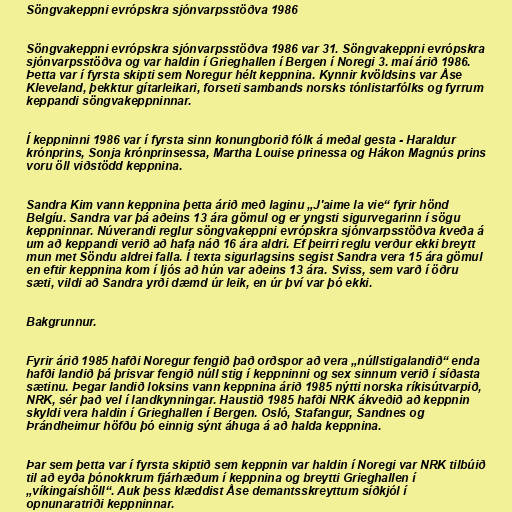
Söngvakeppni evrópskra sjónvarpsstöðva 1986

Söngvakeppni evrópskra sjónvarpsstöðva 1986 var 31. Söngvakeppni evrópskra
sjónvarpsstöðva og var haldin í Grieghallen í Bergen í Noregi 3. maí árið 1986.
Þetta var í fyrsta skipti sem Noregur hélt keppnina. Kynnir kvöldsins var Åse
Kleveland, þekktur gítarleikari, forseti sambands norsks tónlistarfólks og fyrrum
keppandi söngvakeppninnar.

Í keppninni 1986 var í fyrsta sinn konungborið fólk á meðal gesta - Haraldur
krónprins, Sonja krónprinsessa, Martha Louise prinessa og Hákon Magnús prins
voru öll viðstödd keppnina.

Sandra Kim vann keppnina þetta árið með laginu „J'aime la vie“ fyrir hönd
Belgíu. Sandra var þá aðeins 13 ára gömul og er yngsti sigurvegarinn í sögu
keppninnar. Núverandi reglur söngvakeppni evrópskra sjónvarpsstöðva kveða á
um að keppandi verið að hafa náð 16 ára aldri. Ef þeirri reglu verður ekki breytt
mun met Söndu aldrei falla. Í texta sigurlagsins segist Sandra vera 15 ára gömul
en eftir keppnina kom í ljós að hún var aðeins 13 ára. Sviss, sem varð í öðru
sæti, vildi að Sandra yrði dæmd úr leik, en úr því var þó ekki.

Bakgrunnur.

Fyrir árið 1985 hafði Noregur fengið það orðspor að vera „núllstigalandið“ enda
hafði landið þá þrisvar fengið núll stig í keppninni og sex sinnum verið í síðasta
sætinu. Þegar landið loksins vann keppnina árið 1985 nýtti norska ríkisútvarpið,
NRK, sér það vel í landkynningar. Haustið 1985 hafði NRK ákveðið að keppnin
skyldi vera haldin í Grieghallen í Bergen. Osló, Stafangur, Sandnes og
Þrándheimur höfðu þó einnig sýnt áhuga á að halda keppnina.

Þar sem þetta var í fyrsta skiptið sem keppnin var haldin í Noregi var NRK tilbúið
til að eyða þónokkrum fjárhæðum í keppnina og breytti Grieghallen í
„víkingaíshöll“. Auk þess klæddist Åse demantsskreyttum síðkjól í
opnunaratriði keppninnar.